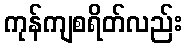
ကုန်ကျစရိတ်လည်း